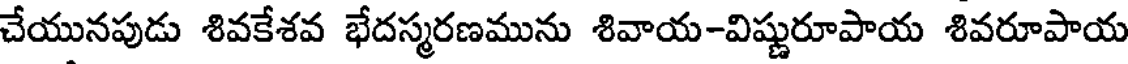
చేయునపుడు శివకేశవ భేదస్మరణమును శివాయ-విష్ణురూపాయ శివరూపాయ